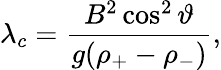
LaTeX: \lambda_{c}=\frac{B^{2}\cos^{2}\vartheta}{g(\rho_{+}-\rho_{-})},